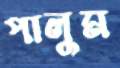
পালুম